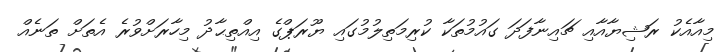
މިއާއެކު ރަޝިޔާއާއި ޗައިނާފަދަ ގައުމުތަކާ ކުރިމަތިލުމުގައި ޔޫރަޕްގެ އިއްތިޙާދު މިހާރަށްވުރެ އެތަށް ތަނެއް